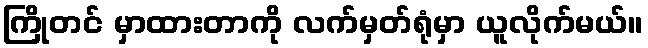
ကြိုတင် မှာထားတာကို လက်မှတ်ရုံမှာ ယူလိုက်မယ်။